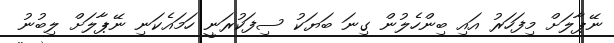
ނޭޕާލަށް މިފަހަރު އައި ބިންހެލުން ގިނަ ބަޔަކު ސިފަކުރަނީ ހަމައެކަނި ނޭޕާލަށް ލިބުނު